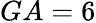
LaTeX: GA=6